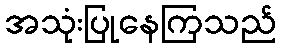
အသုံးပြုနေကြသည်